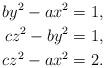
LaTeX: \begin{align*} by^{2} - ax^{2} &= 1,\\ cz^{2} - by^{2} &= 1,\\ cz^{2} - ax^{2} &= 2.\end{align*}